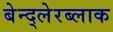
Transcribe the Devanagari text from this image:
बेन्द्लेरब्लाक